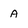
Character: a